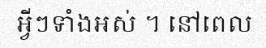
អ្វីៗទាំងអស់ ។ នៅពេល